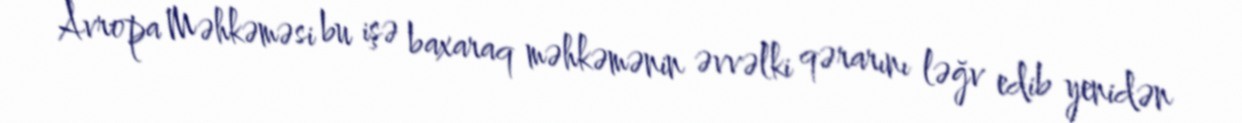
Avropa Məhkəməsi bu işə baxaraq məhkəmənin əvvəlki qərarını ləğv edib yenidən